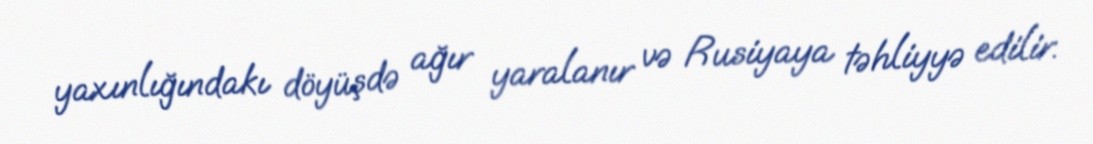
yaxınlığındakı döyüşdə ağır yaralanır və Rusiyaya təhliyyə edilir.